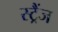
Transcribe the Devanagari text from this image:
स्ट्रैंज